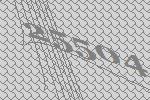
25504